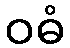
ဝဓံ